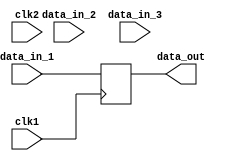
module Timing_Control_and_Synchronization (
    input wire clk1,
    input wire clk2,
    input wire [7:0] data_in_1,
    input wire [7:0] data_in_2,
    input wire [7:0] data_in_3,
    output reg [7:0] data_out
);

reg [7:0] synced_data_1;
reg [7:0] synced_data_2;
reg [7:0] synced_data_3;

always @(posedge clk1) begin
    synced_data_1 <= data_in_1;
    synced_data_2 <= data_in_2;
end

always @(posedge clk2) begin
    synced_data_3 <= data_in_3;
end

always @* begin
    // Multiplexer logic to select which synchronized data to output
    // For simplicity, just output synced_data_1
    data_out = synced_data_1;
end

endmodule